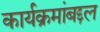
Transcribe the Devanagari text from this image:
कार्यक्रमांबद्दल